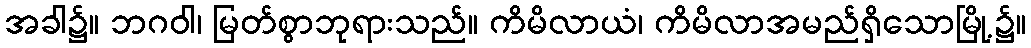
အခါ၌။ ဘဂဝါ၊ မြတ်စွာဘုရားသည်။ ကိမိလာယံ၊ ကိမိလာအမည်ရှိသောမြို့၌။